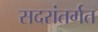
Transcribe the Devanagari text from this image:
सदरांतर्गत